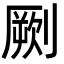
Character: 劂